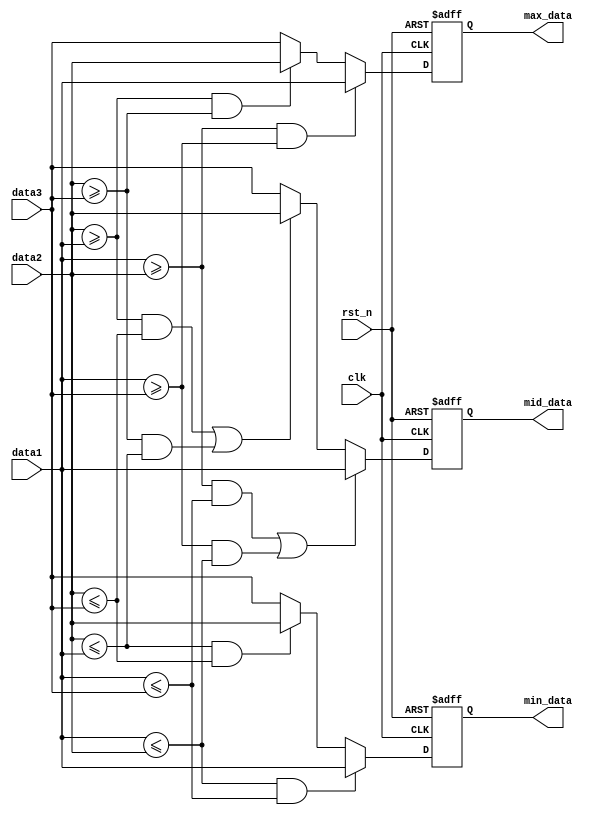
module sort3(
    input            clk,
    input            rst_n,
    input [7:0]      data1, 
    input [7:0]      data2, 
    input [7:0]      data3,
    
    output reg [7:0] max_data, 
    output reg [7:0] mid_data, 
    output reg [7:0] min_data
);

//-----------------------------------
//
always@(posedge clk or negedge rst_n)begin
    if(!rst_n)begin
        max_data <= 0;
        mid_data <= 0;
        min_data <= 0;
    end
    else begin
        //
        if(data1 >= data2 && data1 >= data3)
            max_data <= data1;
        else if(data2 >= data1 && data2 >= data3)
            max_data <= data2;
        else//(data3 >= data1 && data3 >= data2)
            max_data <= data3;
        //
        if((data1 >= data2 && data1 <= data3) || (data1 >= data3 && data1 <= data2))
            mid_data <= data1;
        else if((data2 >= data1 && data2 <= data3) || (data2 >= data3 && data2 <= data1))
            mid_data <= data2;
        else//((data3 >= data1 && data3 <= data2) || (data3 >= data2 && data3 <= data1))
            mid_data <= data3;
        //
        if(data1 <= data2 && data1 <= data3)
            min_data <= data1;
        else if(data2 <= data1 && data2 <= data3)
            min_data <= data2;
        else//(data3 <= data1 && data3 <= data2)
            min_data <= data3;
        
     end
end

endmodule